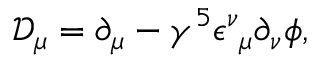
{ \mathcal D } _ { \mu } = \partial _ { \mu } - \gamma ^ { 5 } \epsilon _ { \ \mu } ^ { \nu } \partial _ { \nu } \phi ,